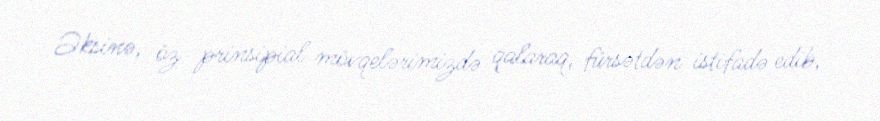
Əksinə, öz prinsipial mövqelərimizdə qalaraq, fürsətdən istifadə edib,